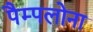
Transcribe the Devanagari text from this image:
पैम्पलोना